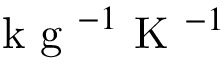
\mathrm { ~ k ~ g ~ } ^ { - 1 } \mathrm { ~ K ~ } ^ { - 1 }